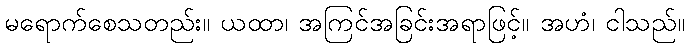
မရောက်စေသတည်း။ ယထာ၊ အကြင်အခြင်းအရာဖြင့်။ အဟံ၊ ငါသည်။